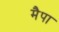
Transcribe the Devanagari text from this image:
मैपा